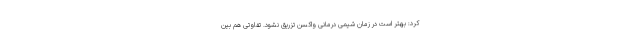
کرد: بهتر است در زمان شیمی درمانی واکسن تزریق نشود. تفاوتی هم بین